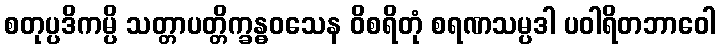
စတုပ္ပဒိကမ္ပိ သတ္တာပတ္တိက္ခန္ဓဝသေန ဝိစရိတုံ စရဏသမ္ပဒါ ပဝါရိတဘာဝေါ